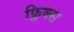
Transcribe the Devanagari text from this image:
फ्लिक्स